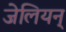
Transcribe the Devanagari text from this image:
जेलियन्